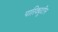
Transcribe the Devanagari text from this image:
पारिक्यूटीन